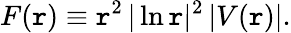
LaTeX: F(\mathtt{r})\equiv\mathtt{r}^{2}\, |\ln\mathtt{r}|^{2}\, |V(\mathtt{r})|.